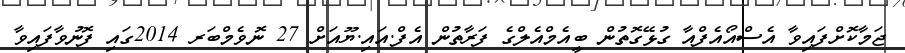
ޖަމާކޮށްފައިވާ އެސްއޯއެފްއާ ގުޅޭގޮތުން ބީއެމްއެލްގެ ފަރާތުން އެފް.އައި.ޔޫއަށް 27 ނޮވެމްބަރ 2014ގައި ފޮނުވާފައިވާ